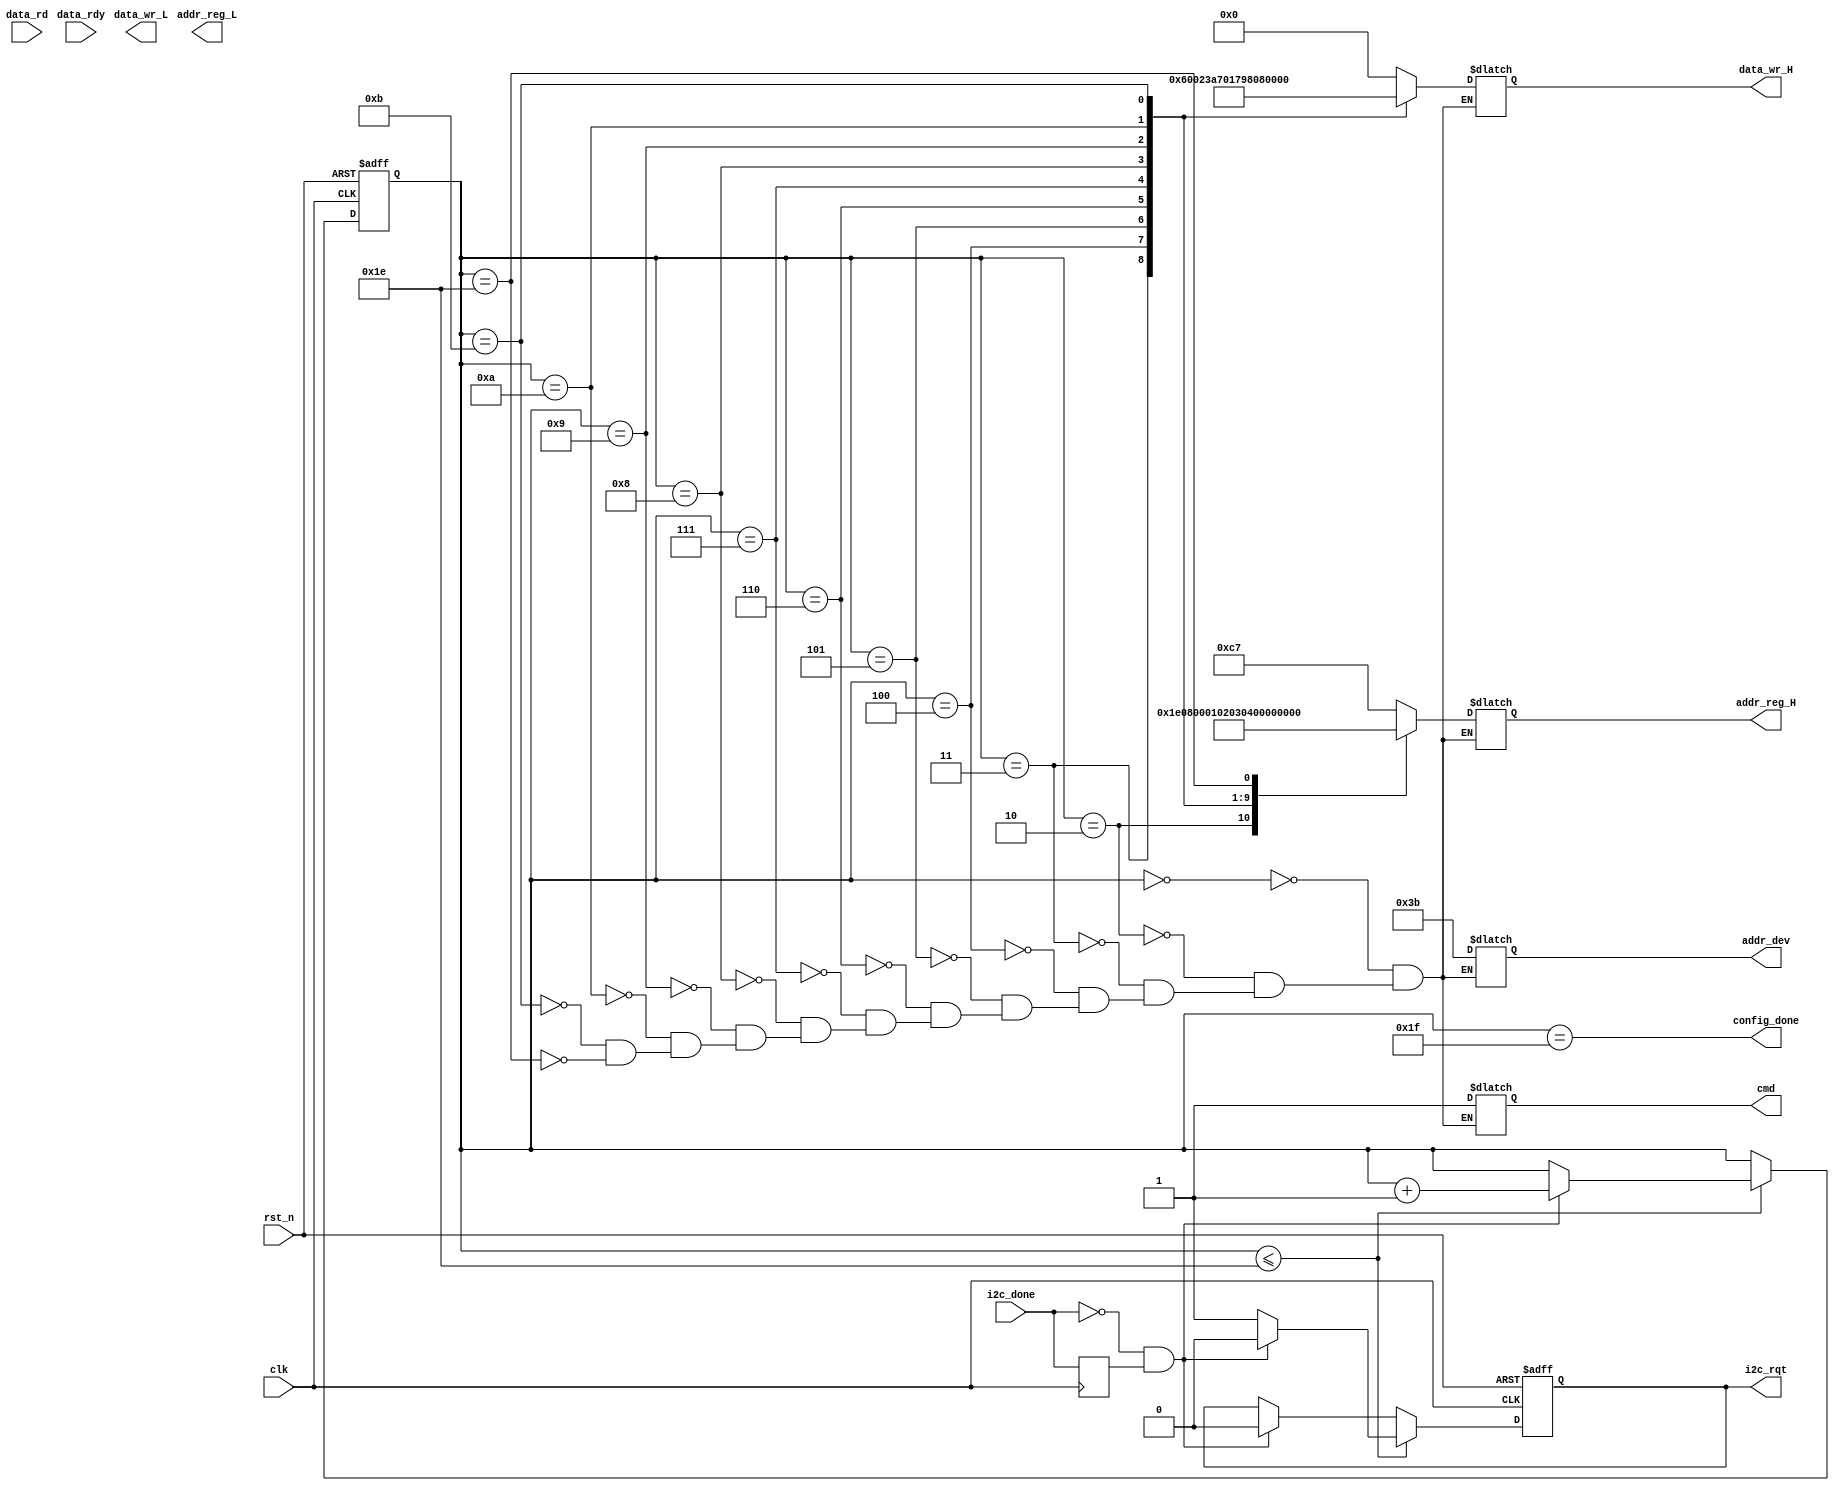
//////////////////////////////////////////////////////////////////////////////////
// Module Name:    i2c_ctrl 
// Description:    
// generate the instruction to config the  tvp5154/saa7129 devices iva I2C
// 0.1 --- December 18 2009 --- File Created
// Additional Comments: 
//
//////////////////////////////////////////////////////////////////////////////////

`timescale 1ns / 1ps
module hdmi_i2c_ctrl (
   input  wire       rst_n      ,
   input  wire       clk        ,
   output wire       config_done,
   output reg        cmd        ,
   output reg  [6:0] addr_dev   ,
   output reg  [7:0] addr_reg_H ,
   output reg  [7:0] addr_reg_L ,
   output reg  [7:0] data_wr_H  ,
   output reg  [7:0] data_wr_L  ,
   input  wire       data_rdy   ,
   input  wire [7:0] data_rd    ,
   input  wire       i2c_done   ,
   output reg        i2c_rqt

   )/* synthesis syn_preserve=1 */
   /* synthesis syn_hier = "hard" */;


   reg               i2c_done_s1;
   reg [11:0]         step_cnt;
   wire              i2c_done_neg;

   
   parameter  
      WRITE= 1,
      READ = 0;

   
   parameter ADDR_SENSOR  =7'h3B;




   always@(posedge clk ) i2c_done_s1<=i2c_done;
   assign i2c_done_neg = !i2c_done && i2c_done_s1;
  
   always@(posedge clk or  negedge rst_n) begin
      if(!rst_n) begin
         i2c_rqt <= 0;
         step_cnt<=0;   
      end
      else if ( step_cnt<=30) begin // TBD: how many registers need to be configured.
        if(i2c_done_neg) begin
           step_cnt<=step_cnt+1; 
           i2c_rqt <= 1'b0;
        end
        else 
           i2c_rqt <= 1'b1;
      end   
      else if (i2c_done_neg)
         i2c_rqt <= 1'b0;    
   end
   
assign config_done = (step_cnt==31);
   
   always@(*) begin
         case( step_cnt)			 

 			 0:   begin cmd=WRITE; addr_dev=ADDR_SENSOR; addr_reg_H=8'hC7; data_wr_H=8'h00; end // HDMI configuration
				 
			 2:   begin cmd=WRITE; addr_dev=ADDR_SENSOR; addr_reg_H=8'h1E; data_wr_H=8'h00; end // Power Up Transmitter
			 3:   begin cmd=WRITE; addr_dev=ADDR_SENSOR; addr_reg_H=8'h08; data_wr_H=8'h60; end // Input Bus/Pixel Repetition (default)
				 
			 4:   begin cmd=WRITE; addr_dev=ADDR_SENSOR; addr_reg_H=8'h00; data_wr_H=8'h02; end // Pixel Clock
			 5:   begin cmd=WRITE; addr_dev=ADDR_SENSOR; addr_reg_H=8'h01; data_wr_H=8'h3A; end // 
				 
			 6:   begin cmd=WRITE; addr_dev=ADDR_SENSOR; addr_reg_H=8'h02; data_wr_H=8'h70; end // Frame Rate * 100
			 7:   begin cmd=WRITE; addr_dev=ADDR_SENSOR; addr_reg_H=8'h03; data_wr_H=8'h17; end //

			 8:   begin cmd=WRITE; addr_dev=ADDR_SENSOR; addr_reg_H=8'h04; data_wr_H=8'h98; end // Pixels
			 9:   begin cmd=WRITE; addr_dev=ADDR_SENSOR; addr_reg_H=8'h05; data_wr_H=8'h08; end // 
				 
			 10:  begin cmd=WRITE; addr_dev=ADDR_SENSOR; addr_reg_H=8'h06; data_wr_H=8'h65; end // Lines
			 11:  begin cmd=WRITE; addr_dev=ADDR_SENSOR; addr_reg_H=8'h07; data_wr_H=8'h04; end // 	
				 
             30:   begin cmd=WRITE; addr_dev=ADDR_SENSOR; addr_reg_H=8'h1A; data_wr_H=8'h00; end
		     
            default:  begin ;end    
         endcase                                                                                            

                                                                                                            
   end                                                                                                      
                                                                                                            
                                                                                                            
endmodule